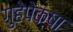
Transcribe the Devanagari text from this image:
गुहेपेक्षा